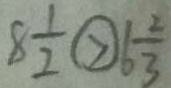
8 \frac { 1 } { 2 } \textcircled { > } 6 \frac { 2 } { 3 }